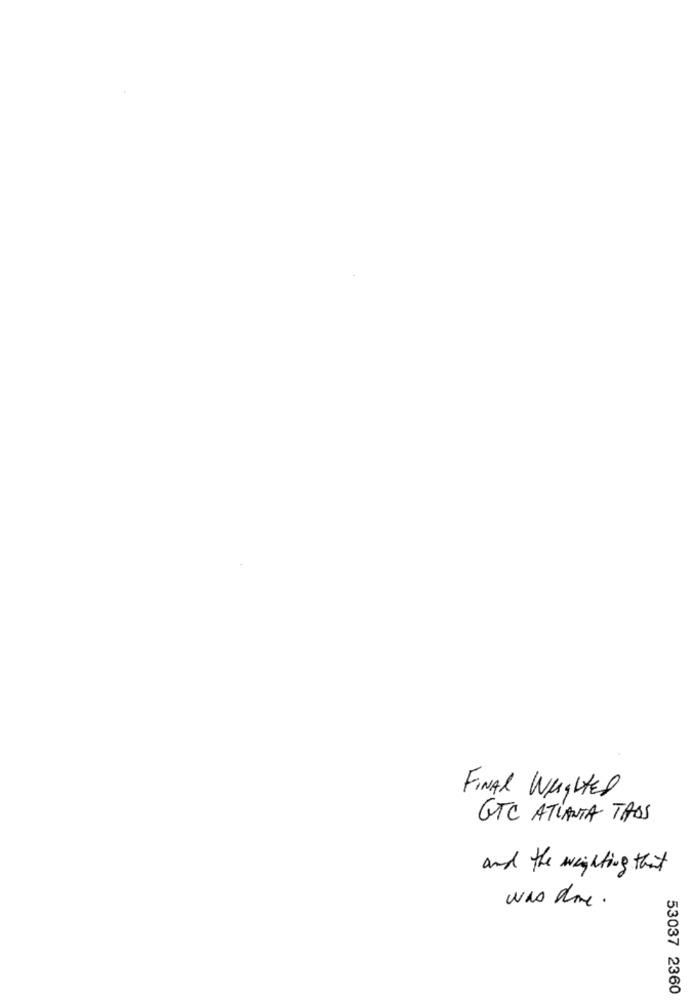
FINAL WEIGHTED
GTC ATLANTA TABS
and the weighting that
was done .
53037 2360